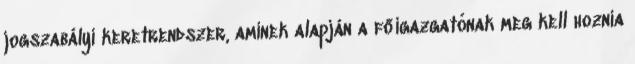
jogszabályi keretrendszer, aminek alapján a főigazgatónak meg kell hoznia